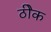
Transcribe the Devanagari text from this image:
ठीेक